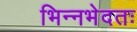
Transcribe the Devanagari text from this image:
भिन्नभेदतः